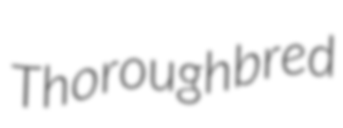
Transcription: Thoroughbred